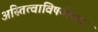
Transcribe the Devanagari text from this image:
अस्तित्वाविषयीच्या